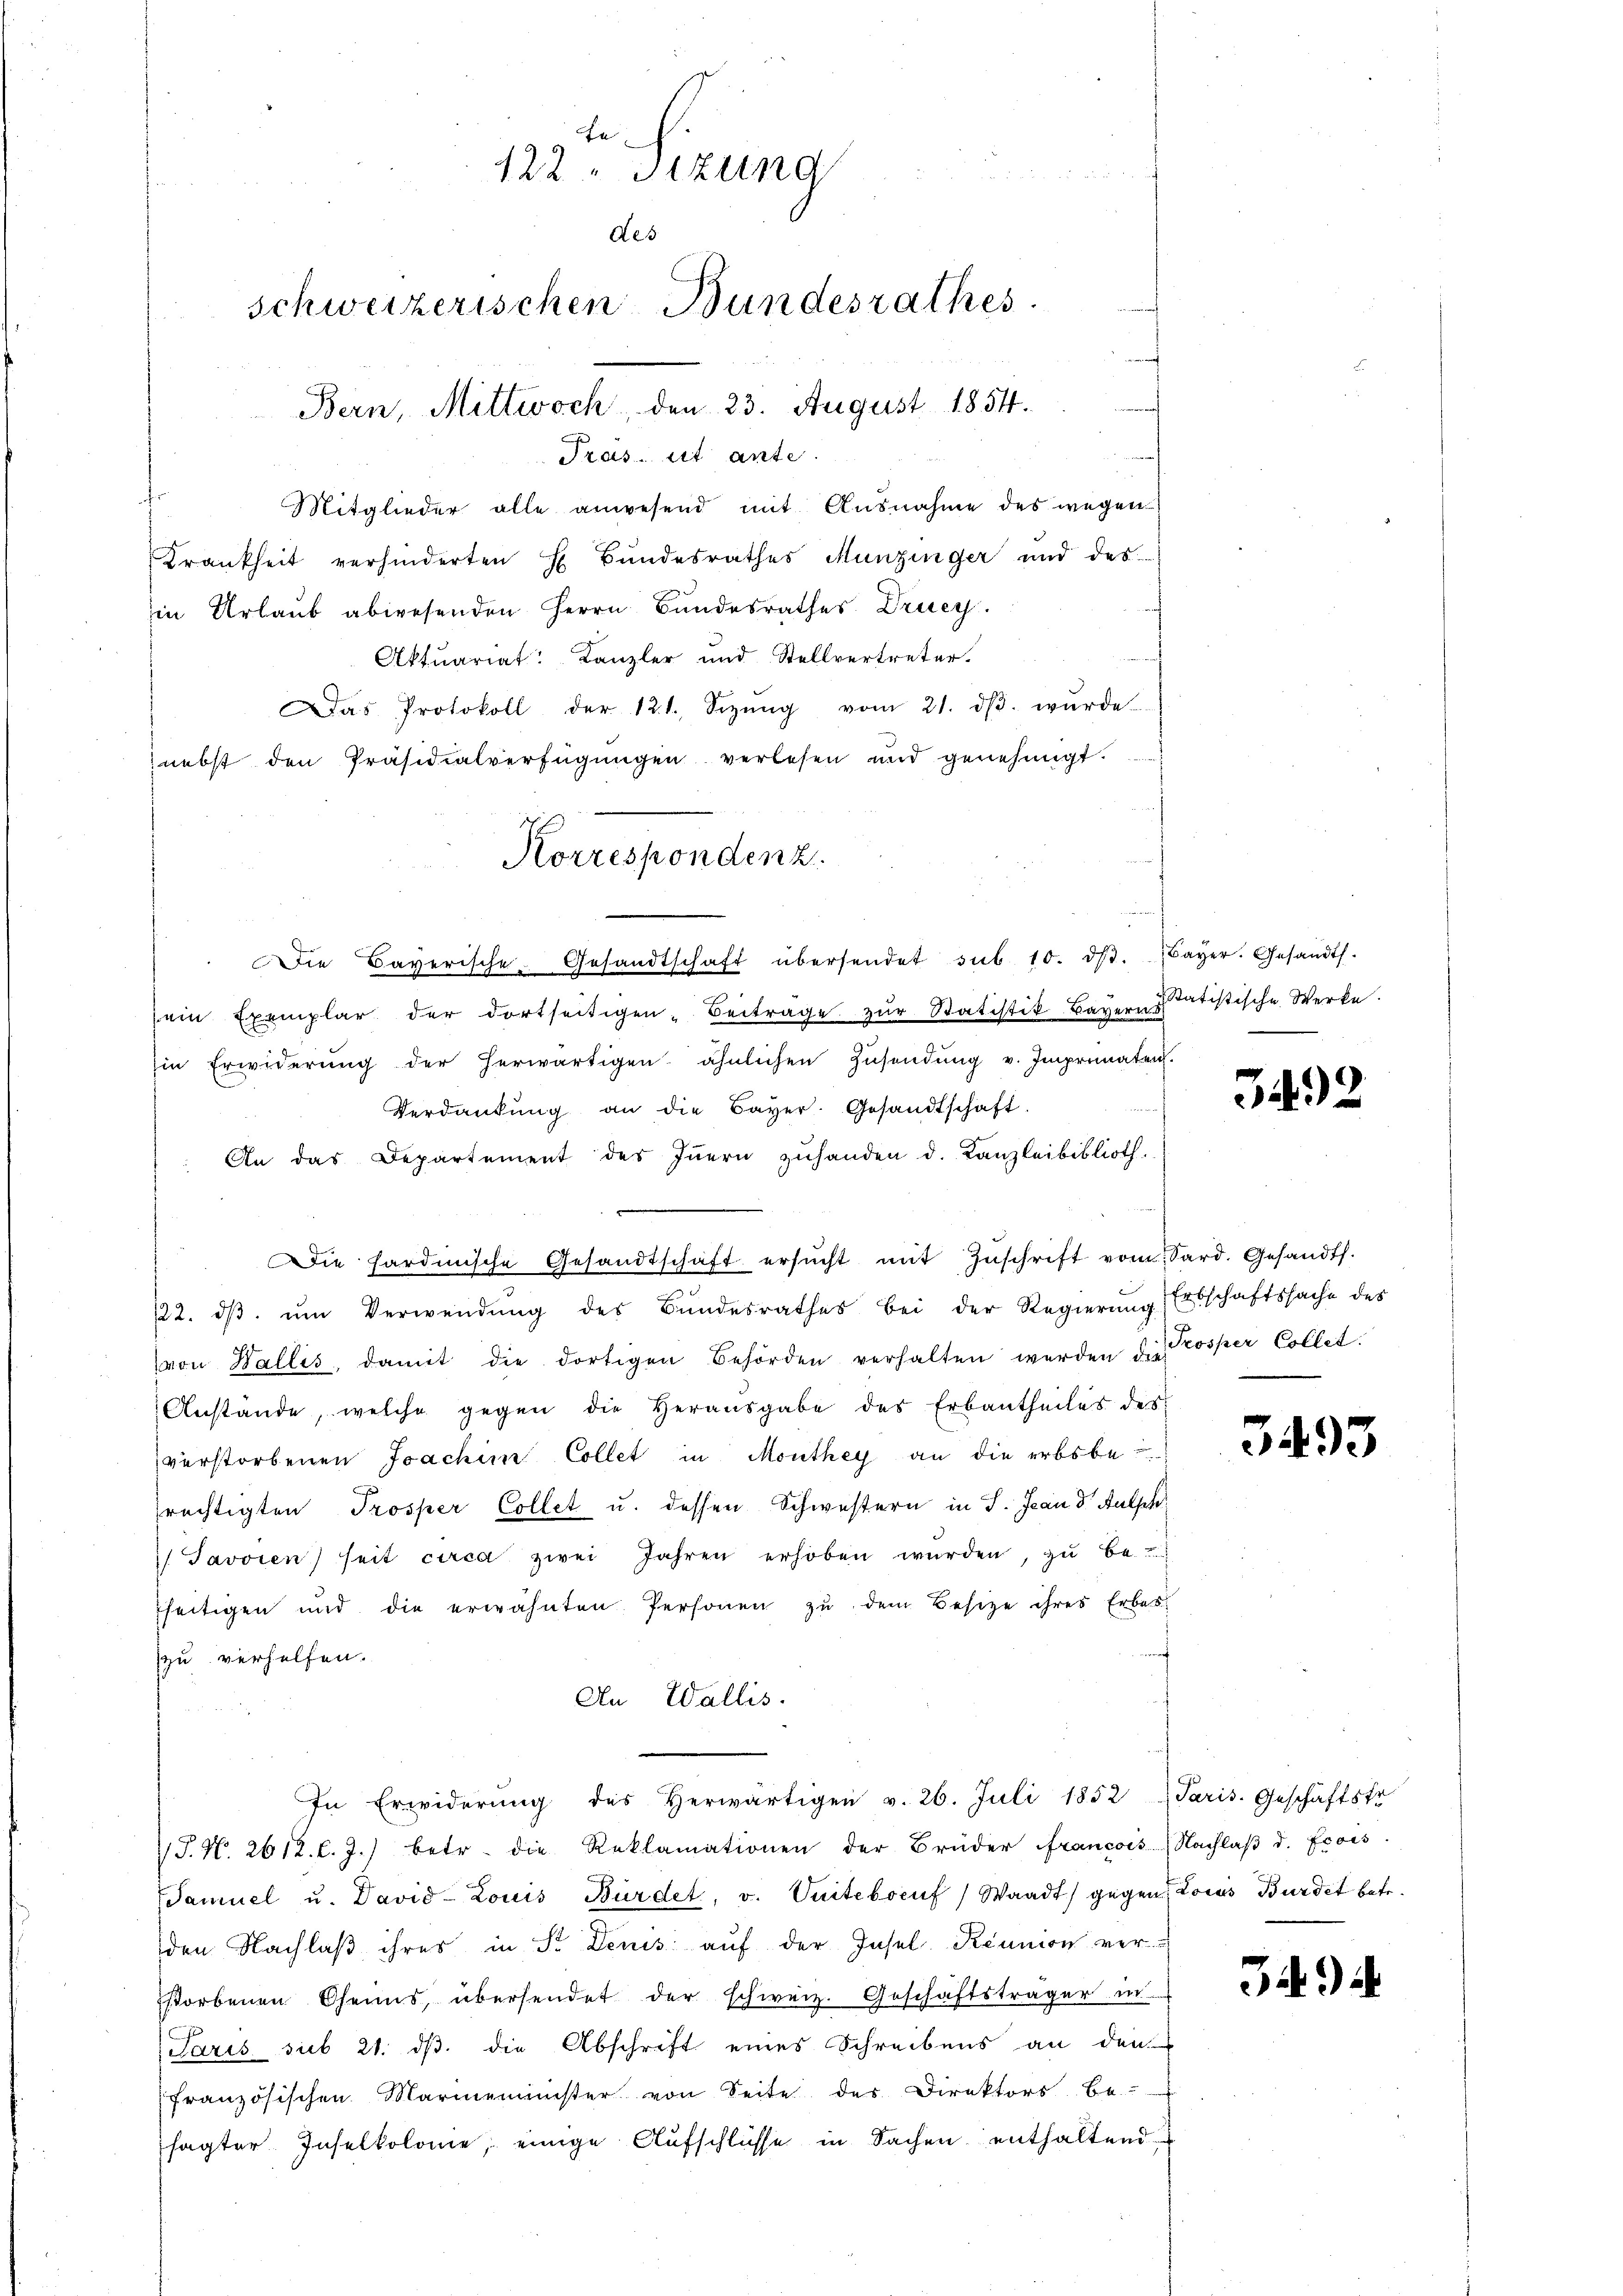
En
e
122 sizung
des
schweizerischen Bundesrathes
Bern, Mittwoch, den 23. August 1854.

n
Mitglieder alle anwesend mit Ausnahme des wegen
Krankheit verhinderten H. Bŭndesrathes Munzinger und des
in Urlaub abwesenden Herrn Bundesrathes Druey.
Aktuariat Kanzler und Stellvertreter.
Das Protokoll der 121. Sizŭng vom 21. dβ. wŭrde
nebst den Präsidialverfügungen verlesen und genehmigt.
ein Exemplar der dortseitigen - Beitrage zŭr Statistik Bayern statistische Werke.
Ein Erwiderŭng der herwärtigen ähnlichen Zŭsendŭng v. Imprimaten.
Verdankŭng an die Bayer. Gesandtschaft.
An das Departement des Iṅern zuhanden d. Kanzleibiblioth.
Die hardinische Gesandtschaft ersŭcht mit Zŭschrift vom Sard. Gesandt.
.
122. dβ ŭm Verwendŭng des Bundesrathes bei der Regierŭng Erbschaftssache des
von Wallis, damit die dortigen Behörden verhalten werden dies
Anstande, welche gegen die Herausgabe des Erbantheiles des
verstorbenen Joachine Collet in Monthey an die erbsbe
rechtigten Trosper Collet u. dessen Schwestern in J. Jean d Aufsch
 Javoien) seit circa zwei Jahren erhoben würden, zu be-
seitigen und die erwähnten Personen zu dem Besitze ihres Erbes
zu verhelfen.
An Wallis.
In Erwiderŭng des herwärtigen v. 26. Juli 1852 Paris. Geschäftstr
/J. No. 2612. l. J.) betr. die Reklamationen der Brüder Francois, Nachlaβ d. Ecois.
Tamuel u. David-Louis Bürdet, v. Vnitebocuf) Waadt) gegen Lois Bürdet betr.
den Nachlaß ihres in Sr. Denis auf der Insel-Keunion ver
storbenen Chemis, übersendet der schweiz. Geschäftsträger in
Paris sub 21. ds. die Abschrift eines Schreibens an den
französischen Marmeminister von Seite des Direktors be-
sagter Inselkolome, einige Aufschlüsse in Sachen enthaltend

Tras. ist ante.

Korrespondenz.
Die Bayerische Gesandtschaft übersendet sub. 10. dβ. (Bayer. Gesandts.

3492

Prosper Collet.

3493

349).